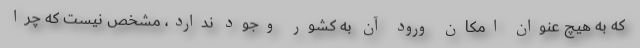
که به هیچ عنوان امکان ورود آن به کشور وجود ندارد، مشخص نیست که چرا